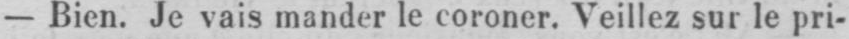
- Bien. Je vais mander le coroner. Veillez sur le pri-